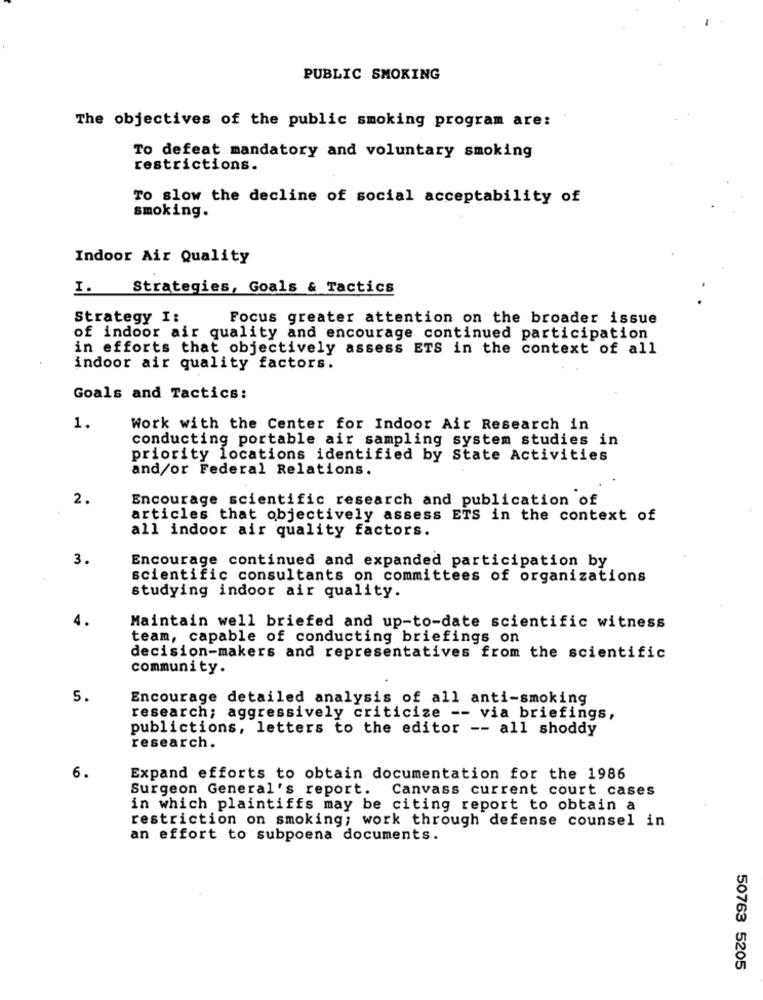
PUBLIC SMOKING
The objectives of the public smoking program are:
To defeat mandatory and voluntary smoking
restrictions.
To slow the decline of social acceptability of
smoking.
Indoor Air Quality
I. Strategies, Goals & Tactics
Strategy I:
Focus greater attention on the broader issue
of indoor air quality and encourage continued participation
in efforts that objectively assess ETS in the context of all
indoor air quality factors.
Goals and Tactics:
1.
Work with the Center for Indoor Air Research in
conducting portable air sampling system studies in
priority locations identified by State Activities
and/or Federal Relations.
2.
Encourage scientific research and publication of
articles that objectively assess ETS in the context of
all indoor air quality factors.
3.
Encourage continued and expanded participation by
scientific consultants on committees of organizations
studying indoor air quality.
4.
Maintain well briefed and up-to-date scientific witness
team, capable of conducting briefings on
decision-makers and representatives from the scientific
community.
5.
Encourage detailed analysis of all anti-smoking
research; aggressively criticize -- via briefings,
publictions, letters to the editor -- all shoddy
research.
6.
Expand efforts to obtain documentation for the 1986
Surgeon General's report.
Canvass current court cases
in which plaintiffs may be citing report to obtain a
restriction on smoking; work through defense counsel in
an effort to subpoena documents.
50763 5205